Civil Veterinary Department. Central Provinces & Berar 1932-41 - 1932-1941
Year: 1932
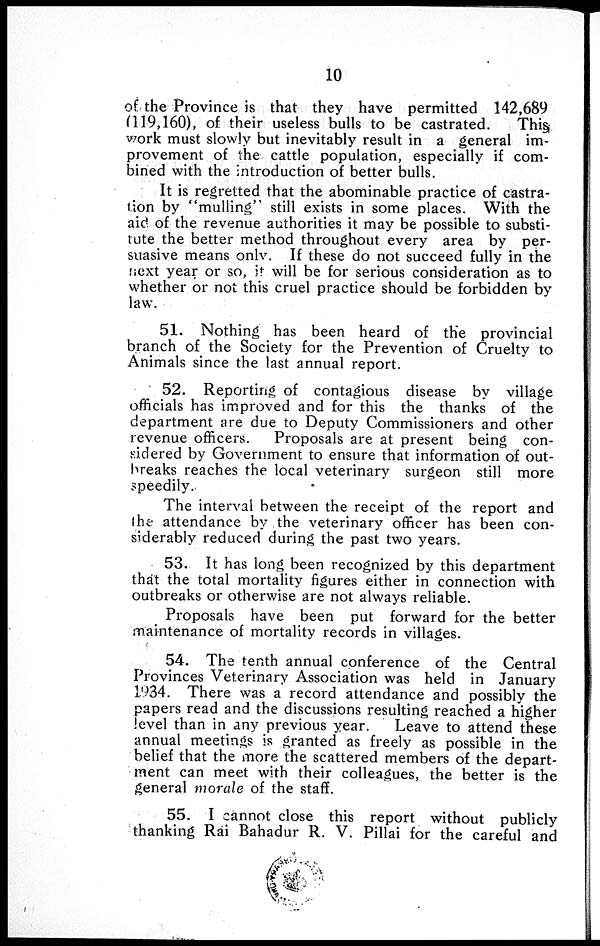
10
of the Province is that they have permitted 142,689
(119,160), of their useless bulls to be castrated.
This
work must slowly but inevitably result in a general im-
provement of the cattle population, especially if com-
bined with the introduction of better bulls.
It is regretted that the abominable practice of castra-
tion by "mulling" still exists in some places. With the
aid of the revenue authorities it may be possible to substi-
tute the better method throughout every area by per-
suasive means only. If these do not succeed fully in the
next year or so, if will be for serious consideration as to
whether or not this cruel practice should be forbidden by
law.
51. Nothing has been heard of the provincial
branch of the Society for the Prevention of Cruelty to
Animals since the last annual report.
52. Reporting of contagious disease by village
officials has improved and for this the thanks of the
department are due to Deputy Commissioners and other
revenue officers.
Proposals are at present being con-
sidered by Government to ensure that information of out-
breaks reaches the local veterinary surgeon still more
speedily.
The interval between the receipt of the report and
the attendance by the veterinary officer has been con-
siderably reduced during the past two years.
53. It has long been recognized by this department
that the total mortality figures either in connection with
outbreaks or otherwise are not always reliable.
Proposals have been put forward for the better
maintenance of mortality records in villages.
54. The tenth annual conference of the Central
Provinces Veterinary Association was held in January
1934. There was a record attendance and possibly the
papers read and the discussions resulting reached a higher
level than in any previous year.
Leave to attend these
annual meetings is granted as freely as possible in the
belief that the more the scattered members of the depart-
ment can meet with their colleagues, the better is the
general morale of the staff.
55. I cannot close this report without publicly
thanking Rai Bahadur R. V. Pillai for the careful and